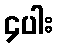
၄ပါး